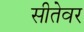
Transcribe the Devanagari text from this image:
सीतेवर